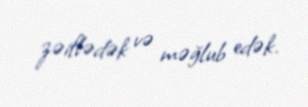
zəiflədək və məğlub edək.